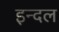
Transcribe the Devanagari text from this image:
इन्दल